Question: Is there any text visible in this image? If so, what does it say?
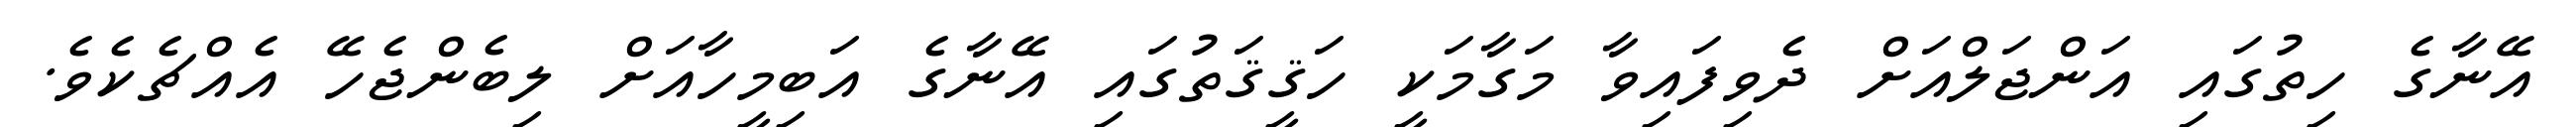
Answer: އޭނާގެ ހިތުގައި އަންޖަލްއަށް ދެވިފައިވާ މަގާމަކީ ހަޤީޤަތުގައި އޭނާގެ އަބިމީހާއަށް ލިބެންޖެހޭ އެއްޗެކެވެ.